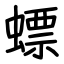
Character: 螵